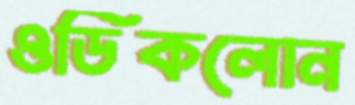
ওডিকলোন